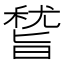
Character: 𥡞